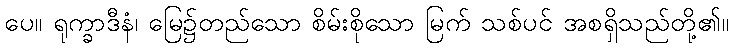
ပေ။ ရုက္ခာဒီနံ၊ မြေ၌တည်သော စိမ်းစိုသော မြက် သစ်ပင် အစရှိသည်တို့၏။